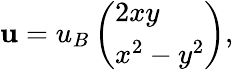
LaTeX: \mathbf{u}=u_{B}\left(\begin{array}{l}{2xy}\\ {x^{2}-y^{2}}\end{array}\right),